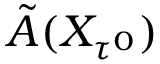
\Tilde { A } ( X _ { \tau ^ { 0 } } )